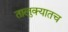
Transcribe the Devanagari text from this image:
तालुक्यातच